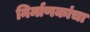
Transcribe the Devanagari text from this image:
निर्माणकांचा